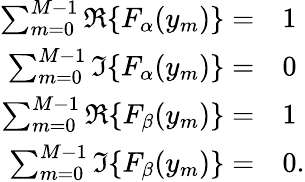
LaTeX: \begin{array}{rl}{\sum_{m=0}^{M-1}\Re\{ F_{\alpha}(y_{m})\} =}&{1}\\ {\sum_{m=0}^{M-1}\Im\{ F_{\alpha}(y_{m})\} =}&{0}\\ {\sum_{m=0}^{M-1}\Re\{ F_{\beta}(y_{m})\} =}&{1}\\ {\sum_{m=0}^{M-1}\Im\{ F_{\beta}(y_{m})\} =}&{0.}\end{array}